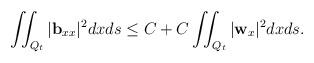
LaTeX: \begin{align*} & \iint_{Q_t}|\mathbf{b}_{xx}|^2dxds \leq C+ C\iint_{Q_t} |\mathbf{w}_x|^2dxds.\end{align*}